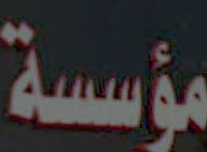
مؤسسة